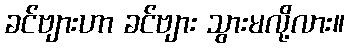
ခင်ဗျားဟာ ခင်ဗျား သွားမလို့လား။